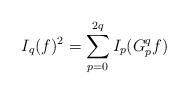
LaTeX: \begin{align*}I_q(f)^2 = \sum_{p=0}^{2q} I_p(G_p^q f)\end{align*}